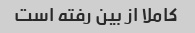
کاملا از بین رفته است